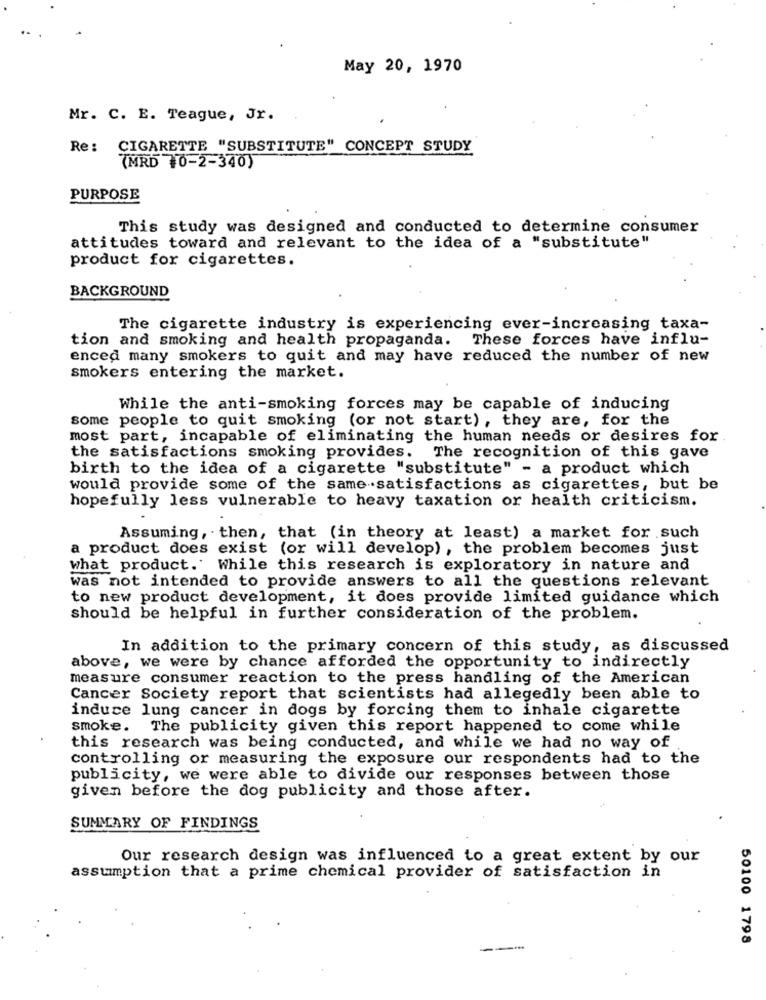
May 20, 1970
Mr. C. E. Teague, Jr.
Re : CIGARETTE "SUBSTITUTE" CONCEPT STUDY
(MRD 0-2-340)
PURPOSE
This study was designed and conducted to determine consumer
attitudes toward and relevant to the idea of a "substitute"
product for cigarettes.
BACKGROUND
The cigarette industry is experiencing ever-increasing taxa-
tion and smoking and health propaganda. These forces have influ-
enced many smokers to quit and may have reduced the number of new
smokers entering the market.
While the anti-smoking forces may be capable of inducing
some people to quit smoking (or not start), they are, for the
most part, incapable of eliminating the human needs or desires for
the satisfactions smoking provides. The recognition of this gave
birth to the idea of a cigarette "substitute" - a product which
would provide some of the same satisfactions as cigarettes, but be
hopefully less vulnerable to heavy taxation or health criticism.
Assuming, then, that (in theory at least) a market for such
a product does exist (or will develop) , the problem becomes just
what product. While this research is exploratory in nature and
was not intended to provide answers to all the questions relevant
to new product development, it does provide limited guidance which
should be helpful in further consideration of the problem.
In addition to the primary concern of this study, as discussed
above, we were by chance afforded the opportunity to indirectly
measure consumer reaction to the press handling of the American
Cancer Society report that scientists had allegedly been able to
induce lung cancer in dogs by forcing them to inhale cigarette
smoke. The publicity given this report happened to come while
this research was being conducted, and while we had no way of
controlling or measuring the exposure our respondents had to the
publicity, we were able to divide our responses between those
given before the dog publicity and those after.
SUMMARY OF FINDINGS
Our research design was influenced to a great extent by our
assumption that a prime chemical provider of satisfaction in
50100 1798